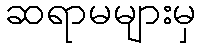
ဆရာမများမှ